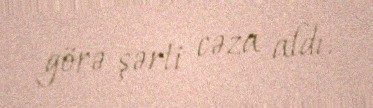
görə şərti cəza aldı.